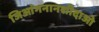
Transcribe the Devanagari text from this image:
जिआंगनानशीदाओ